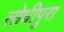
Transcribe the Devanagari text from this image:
लोधीपुरा